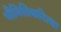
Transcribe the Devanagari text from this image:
भौमितिकरित्या